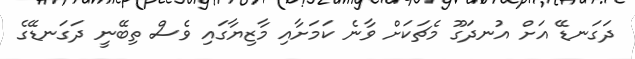
ދަގަނޑޭ އަށް އުނދަގޫ މެޗަކަށް ވާނެ ކަމަށާއި މާޒިޔާގައި ވެސް ތިބޭނީ ދަގަނޑޭގެ